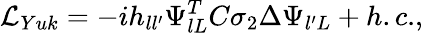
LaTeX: {\cal L}_{Yuk}=-ih_{ll^{\prime}}\Psi_{lL}^{T}C\sigma_{2}\Delta\Psi_{l^{\prime}L}+{h.c.},